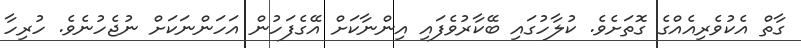
ގާތް އެކުވެރިއެއްގެ ގޮތަށެވެ. ކުލާހުގައި ބޭކާރުވެފައި އިންނާކަށް އޭގެފަހުން އަހަންނަކަށް ނުޖެހުނެވެ. ހުރިހާ